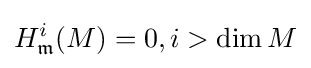
H_{\mathfrak {m}}^{i}(M)=0,i>\dim M